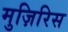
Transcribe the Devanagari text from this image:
मुज़िरिस